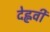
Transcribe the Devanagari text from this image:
देह्लवी